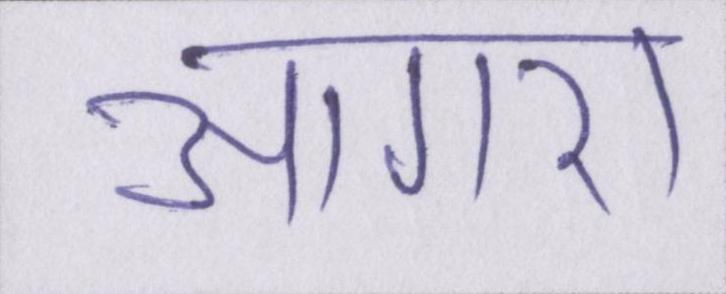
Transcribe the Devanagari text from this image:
आगरा